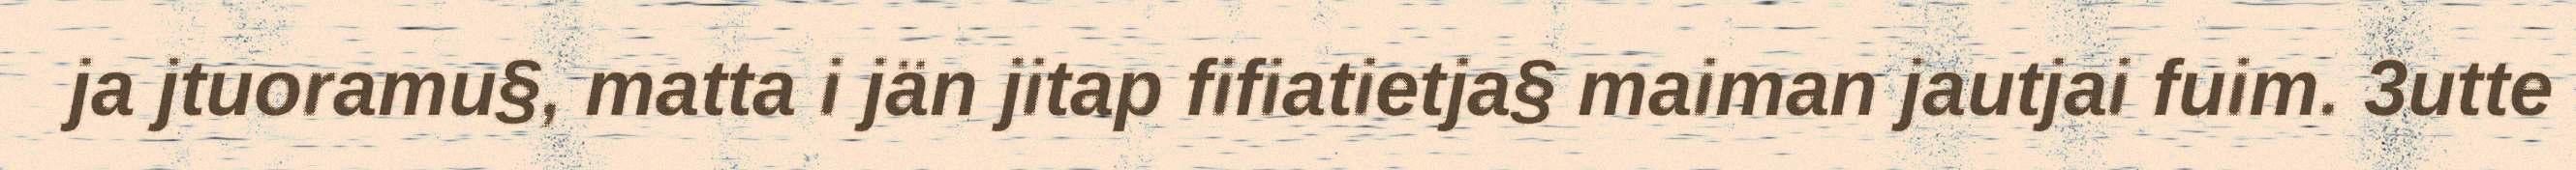
ja jtuoramu§, matta i jän jitap fifiatietja§ maiman jautjai fuim. 3utte